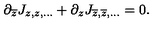
\partial _ { \overline { { z } } } J _ { z , z , . . . } + \partial _ { z } J _ { \overline { { z } } , \overline { { z } } , . . . } = 0 .